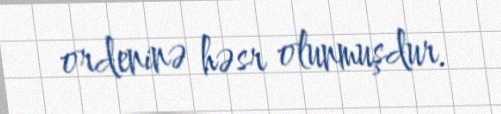
ordeninə həsr olunmuşdur.